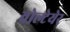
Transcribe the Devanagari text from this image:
वोल्टेयेर